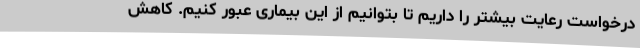
درخواست رعایت بیشتر را داریم تا بتوانیم از این بیماری عبور کنیم. کاهش